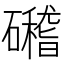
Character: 𥗎